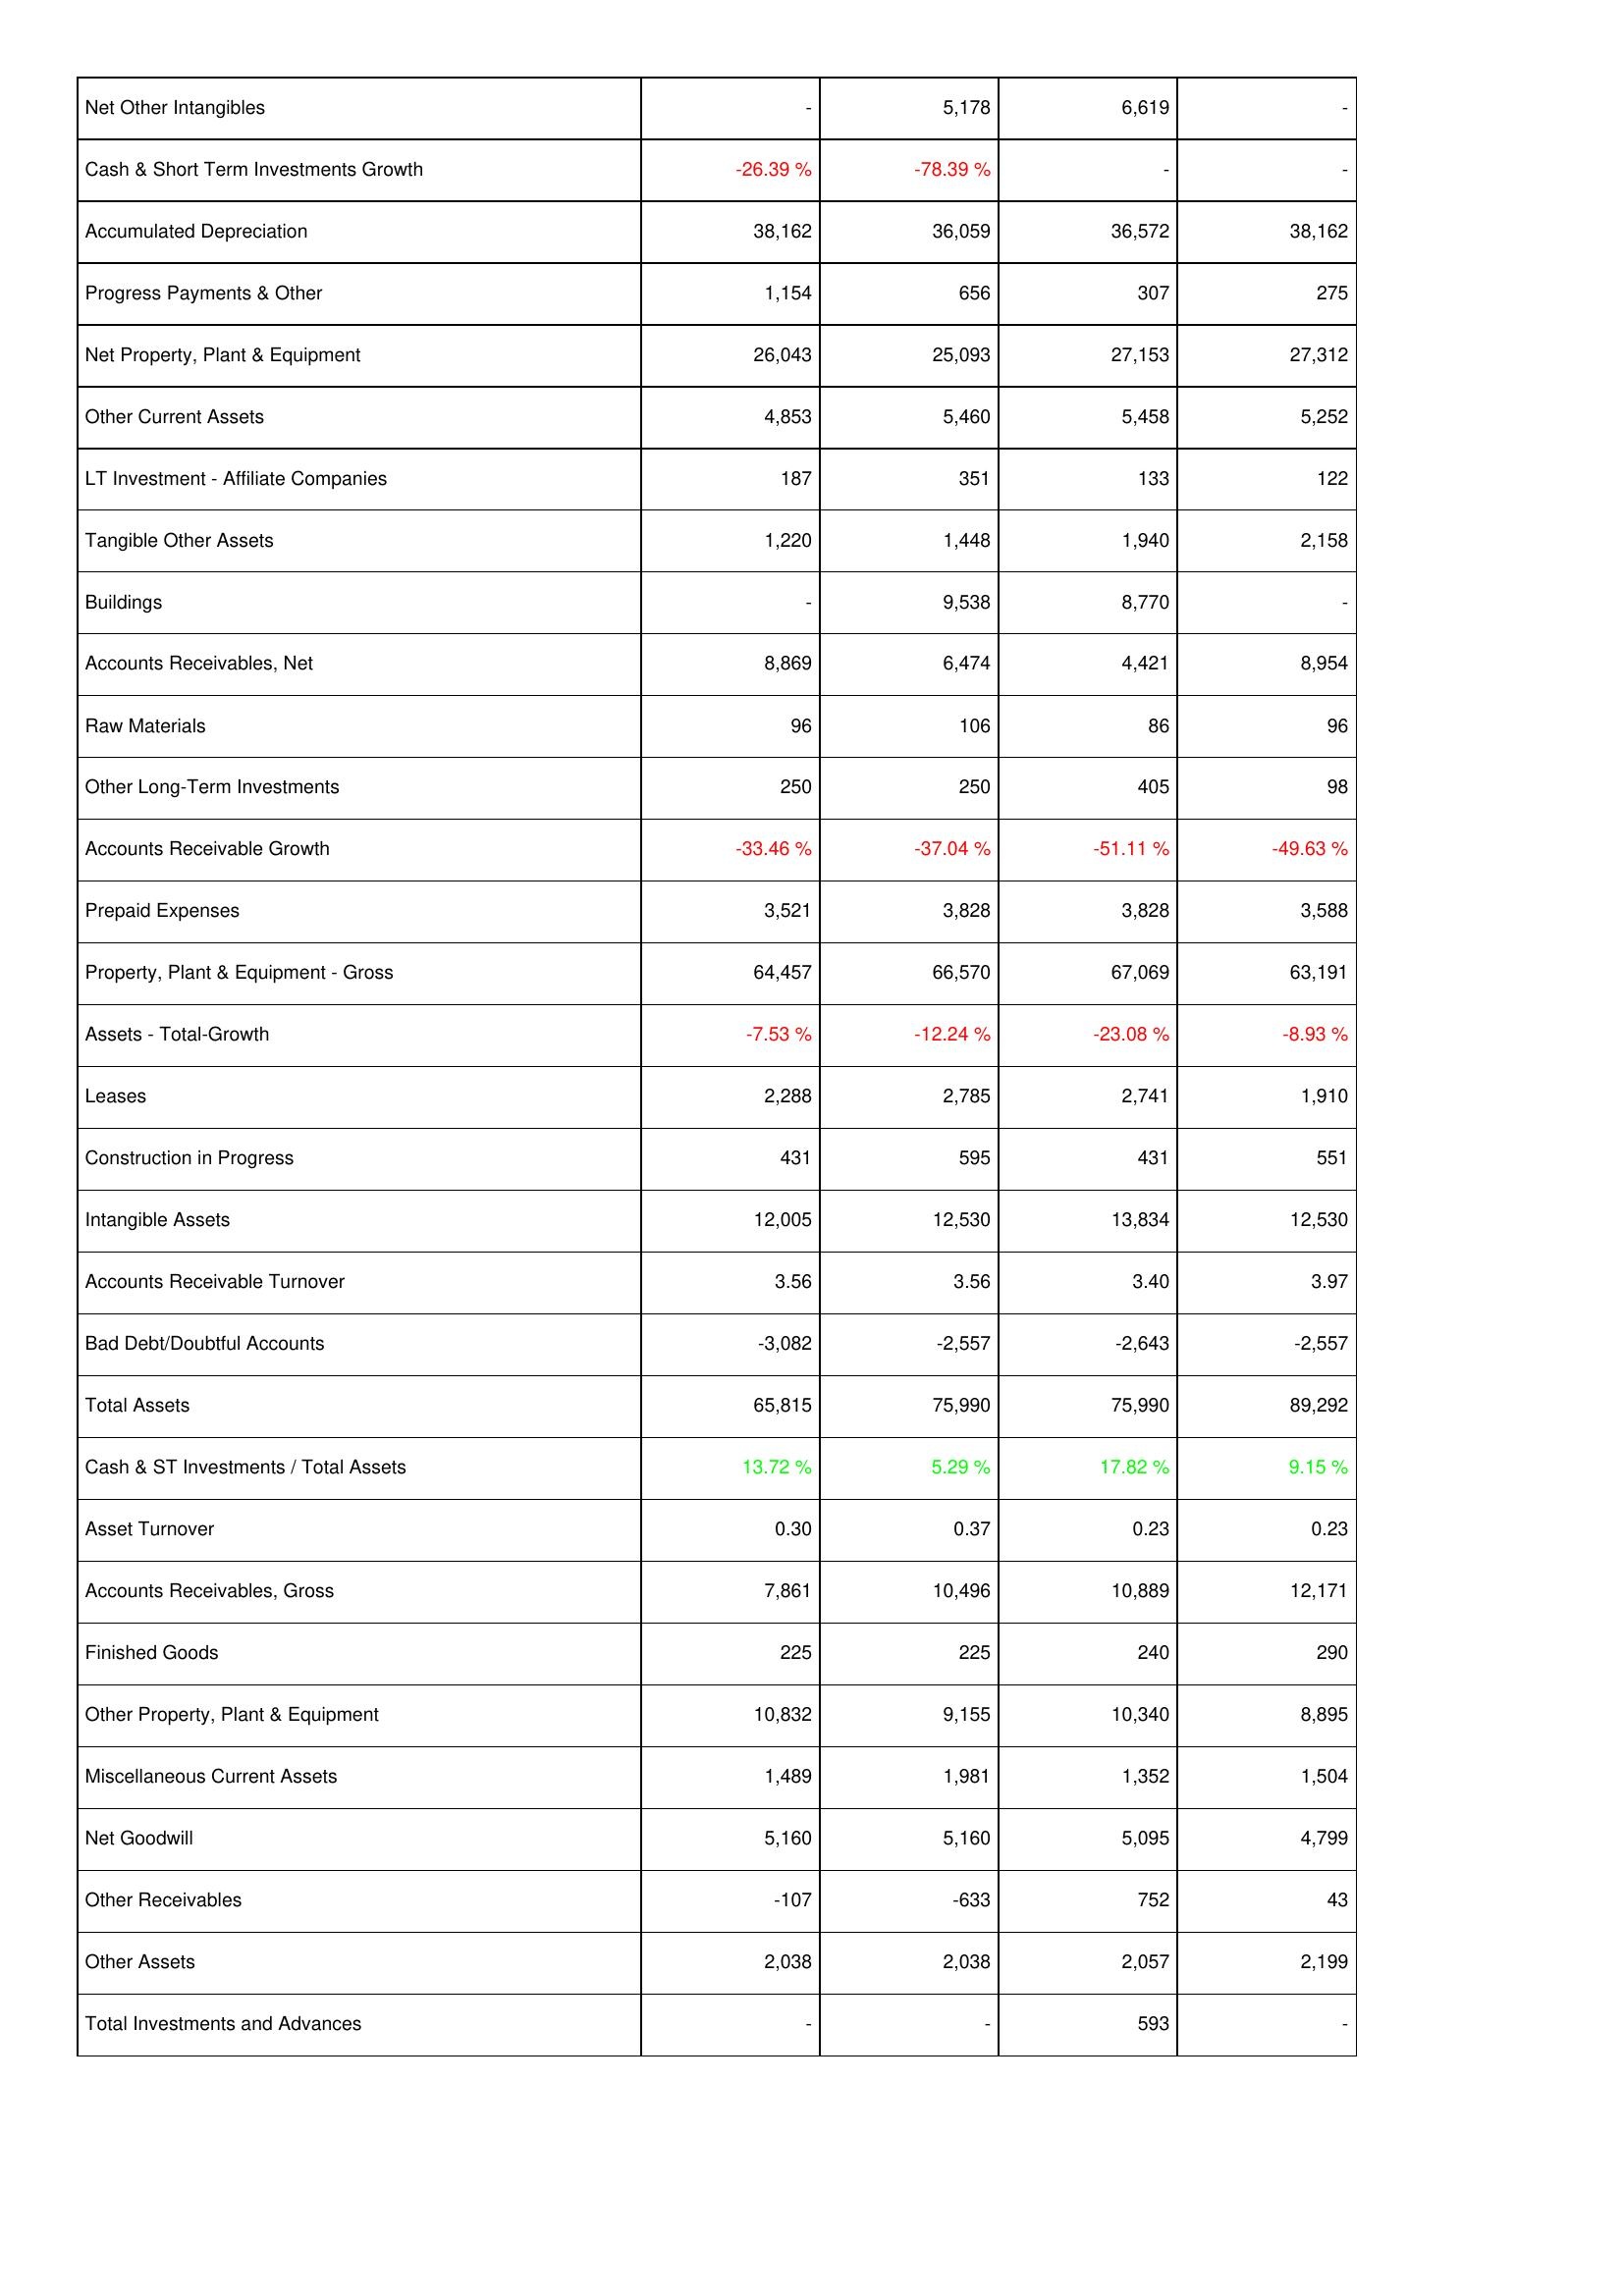
2023: Assets: Net Other Intangibles: -
Cash & Short Term Investments Growth: -26.39 %
Accumulated Depreciation: 38,162
Progress Payments & Other: 1,154
Net Property, Plant & Equipment: 26,043
Other Current Assets: 4,853
LT Investment - Affiliate Companies: 187
Tangible Other Assets: 1,220
Buildings: -
Accounts Receivables, Net: 8,869
Raw Materials: 96
Other Long-Term Investments: 250
Accounts Receivable Growth: -33.46 %
Prepaid Expenses: 3,521
Property, Plant & Equipment - Gross: 64,457
Assets - Total-Growth: -7.53 %
Leases: 2,288
Construction in Progress: 431
Intangible Assets: 12,005
Accounts Receivable Turnover: 3.56
Bad Debt/Doubtful Accounts: -3,082
Total Assets: 65,815
Cash & ST Investments / Total Assets: 13.72 %
Asset Turnover: 0.30
Accounts Receivables, Gross: 7,861
Finished Goods: 225
Other Property, Plant & Equipment: 10,832
Miscellaneous Current Assets: 1,489
Net Goodwill: 5,160
Other Receivables: -107
Other Assets: 2,038
Total Investments and Advances: -
2022: Assets: Net Other Intangibles: 5,178
Cash & Short Term Investments Growth: -78.39 %
Accumulated Depreciation: 36,059
Progress Payments & Other: 656
Net Property, Plant & Equipment: 25,093
Other Current Assets: 5,460
LT Investment - Affiliate Companies: 351
Tangible Other Assets: 1,448
Buildings: 9,538
Accounts Receivables, Net: 6,474
Raw Materials: 106
Other Long-Term Investments: 250
Accounts Receivable Growth: -37.04 %
Prepaid Expenses: 3,828
Property, Plant & Equipment - Gross: 66,570
Assets - Total-Growth: -12.24 %
Leases: 2,785
Construction in Progress: 595
Intangible Assets: 12,530
Accounts Receivable Turnover: 3.56
Bad Debt/Doubtful Accounts: -2,557
Total Assets: 75,990
Cash & ST Investments / Total Assets: 5.29 %
Asset Turnover: 0.37
Accounts Receivables, Gross: 10,496
Finished Goods: 225
Other Property, Plant & Equipment: 9,155
Miscellaneous Current Assets: 1,981
Net Goodwill: 5,160
Other Receivables: -633
Other Assets: 2,038
Total Investments and Advances: -
2021: Assets: Net Other Intangibles: 6,619
Cash & Short Term Investments Growth: -
Accumulated Depreciation: 36,572
Progress Payments & Other: 307
Net Property, Plant & Equipment: 27,153
Other Current Assets: 5,458
LT Investment - Affiliate Companies: 133
Tangible Other Assets: 1,940
Buildings: 8,770
Accounts Receivables, Net: 4,421
Raw Materials: 86
Other Long-Term Investments: 405
Accounts Receivable Growth: -51.11 %
Prepaid Expenses: 3,828
Property, Plant & Equipment - Gross: 67,069
Assets - Total-Growth: -23.08 %
Leases: 2,741
Construction in Progress: 431
Intangible Assets: 13,834
Accounts Receivable Turnover: 3.40
Bad Debt/Doubtful Accounts: -2,643
Total Assets: 75,990
Cash & ST Investments / Total Assets: 17.82 %
Asset Turnover: 0.23
Accounts Receivables, Gross: 10,889
Finished Goods: 240
Other Property, Plant & Equipment: 10,340
Miscellaneous Current Assets: 1,352
Net Goodwill: 5,095
Other Receivables: 752
Other Assets: 2,057
Total Investments and Advances: 593
2020: Assets: Net Other Intangibles: -
Cash & Short Term Investments Growth: -
Accumulated Depreciation: 38,162
Progress Payments & Other: 275
Net Property, Plant & Equipment: 27,312
Other Current Assets: 5,252
LT Investment - Affiliate Companies: 122
Tangible Other Assets: 2,158
Buildings: -
Accounts Receivables, Net: 8,954
Raw Materials: 96
Other Long-Term Investments: 98
Accounts Receivable Growth: -49.63 %
Prepaid Expenses: 3,588
Property, Plant & Equipment - Gross: 63,191
Assets - Total-Growth: -8.93 %
Leases: 1,910
Construction in Progress: 551
Intangible Assets: 12,530
Accounts Receivable Turnover: 3.97
Bad Debt/Doubtful Accounts: -2,557
Total Assets: 89,292
Cash & ST Investments / Total Assets: 9.15 %
Asset Turnover: 0.23
Accounts Receivables, Gross: 12,171
Finished Goods: 290
Other Property, Plant & Equipment: 8,895
Miscellaneous Current Assets: 1,504
Net Goodwill: 4,799
Other Receivables: 43
Other Assets: 2,199
Total Investments and Advances: -